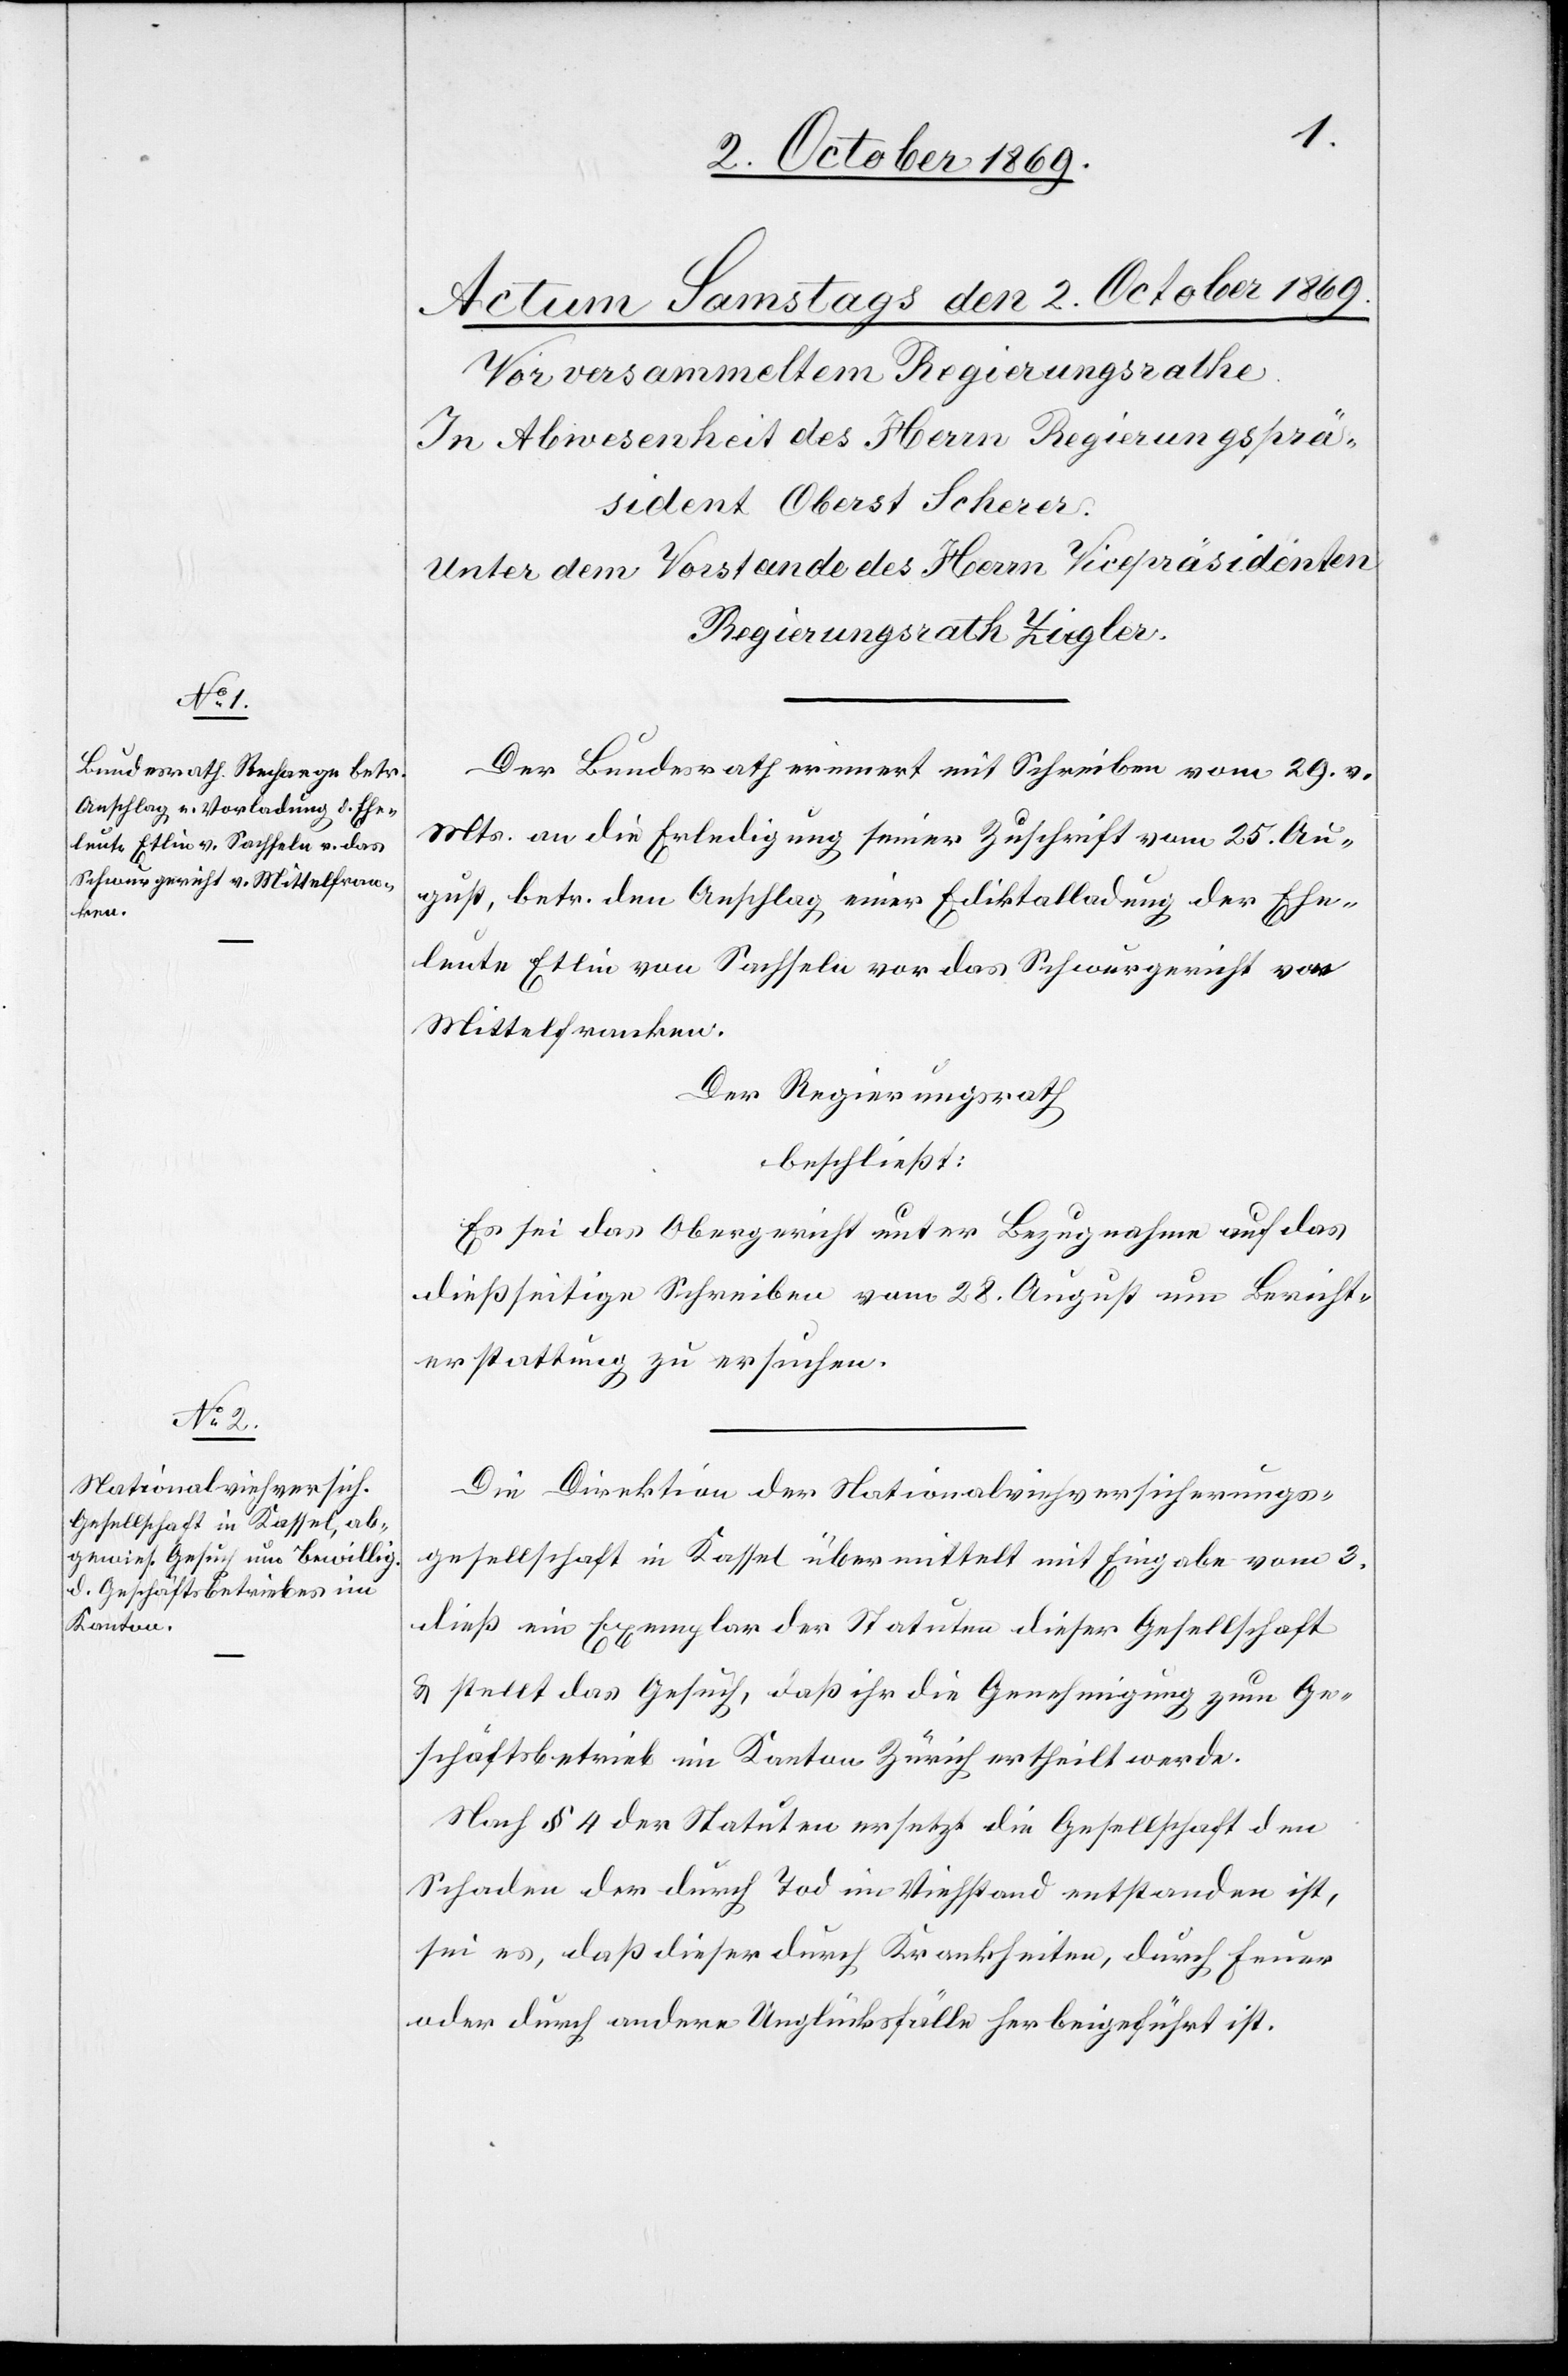
Der Bundesrath erinnert mit Schreiben vom 29. v.
Mts. an die Erledigung seiner Zuschrift vom 25. Au¬
gust, betr. den Anschlag einer Ediktalladung der Ehe¬
leute Etlin von Sachseln vor das Schwurgericht von
Mittelfranken.
Der Regierungsrath
beschließt:
Es sei das Obergericht unter Bezugnahme auf das
dießseitige Schreiben vom 28. August um Bericht¬
erstattung zu ersuchen.
Die Direktion der Nationalviehversicherungs¬
gesellschaft in Kassel übermittelt mit Eingabe vom 3.
dieß ein Exemplar der Statuten dieser Gesellschaft
& stellt das Gesuch, daß ihr die Genehmigung zum Ge¬
schäftsbetrieb im Kanton Zürich ertheilt werde.
Nach § 4 der Statuten ersetzt die Gesellschaft den
Schaden der durch Tod im Viehstand entstanden ist,
sei es, daß dieser durch Krankheiten, durch Feuer
oder durch andere Unglücksfälle herbeigeführt ist.